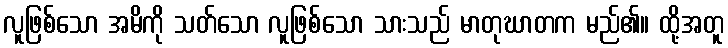
လူဖြစ်သော အမိကို သတ်သော လူဖြစ်သော သားသည် မာတုဃာတက မည်၏။ ထို့အတူ